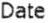
DATE